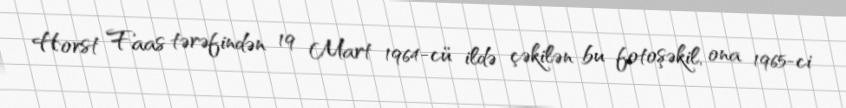
Horst Faas tərəfindən 19 Mart 1964-cü ildə çəkilən bu fotoşəkil, ona 1965-ci